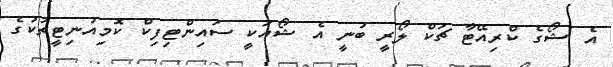
އެ ޝޯގެ ކްރިއޭޓާ ޗަކް ލޯރީ ބުނީ އެ ޝޯއަކީ ސައިންޓިފިކް ކޮމިއުނިޓީތަކުގެ